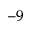
^ { - 9 }